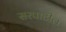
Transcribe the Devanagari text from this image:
सरपाटील